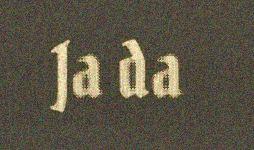
Ja da